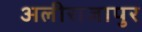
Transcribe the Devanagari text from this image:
अलीराजापुर